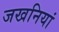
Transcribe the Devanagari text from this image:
जखनियां